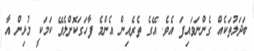
ބަދަލުތަކެއް ގެންނަވައިފަ އެވެ. އޭގެ ތެރެއިން އެންމެ ފާހަގަކޮށްލެވޭ ކަމަކީ މުޅިން އާ